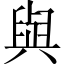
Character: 與